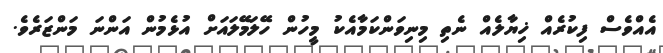
އެއްވެސް ފިކުރެއް ޚިޔާލެއް ނެތި މިނިވަންކަމާއެކު މީހުން ހޭލަމޭލައަށް އުޅެމުން އަންނަ މަންޒަރެވެ.